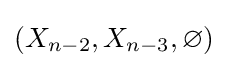
(X_{n-2},X_{n-3},\varnothing )